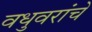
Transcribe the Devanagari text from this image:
वधुवरांचे